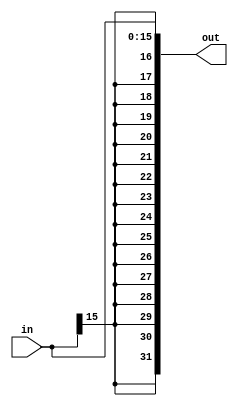
module SignExt(input[15:0] in,output[31:0] out);
	assign out = { {16{in[15]}}, in[15:0] };
endmodule